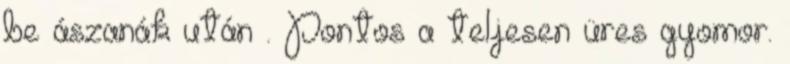
be ászanák után . Pontos a teljesen üres gyomor.